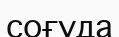
соғуда